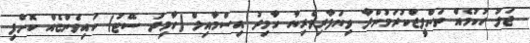
ޖަލު ހުކުމެއް ތަންފީޒްކުރަމުންދާ ވިޔަފާރިވެރިޔާ ހާމިދު އިސްމާއިލް (ހާމިދު ސޭޓު) ކައިވެންޏެއް ކޮށްފި